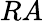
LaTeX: RA